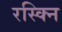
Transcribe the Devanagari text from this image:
रस्क्नि